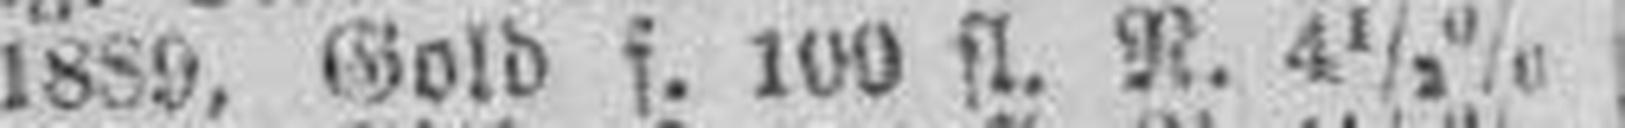
1889, Gold f. 100 fl. N. 4 1/2%